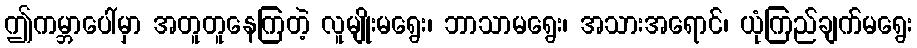
ဤကမ္ဘာပေါ်မှာ အတူတူနေကြတဲ့ လူမျိုးမရွေး၊ ဘာသာမရွေး၊ အသားအရောင်၊ ယုံကြည်ချက်မရွေး